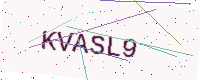
Text: KVASL9